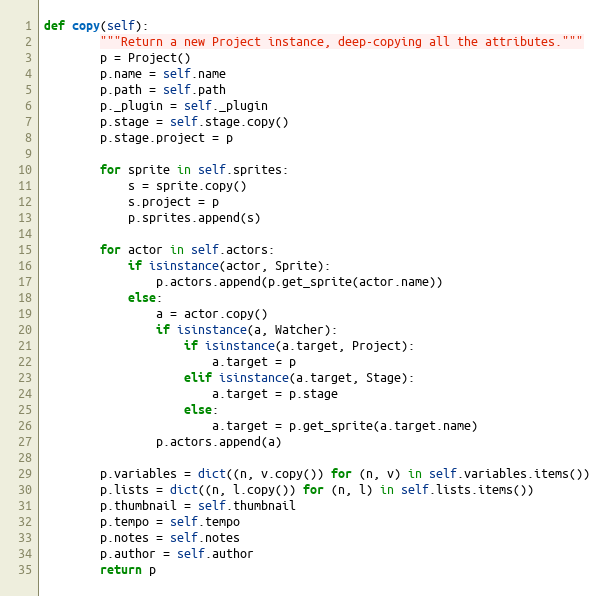
Language: Python
def copy(self):
        """Return a new Project instance, deep-copying all the attributes."""
        p = Project()
        p.name = self.name
        p.path = self.path
        p._plugin = self._plugin
        p.stage = self.stage.copy()
        p.stage.project = p

        for sprite in self.sprites:
            s = sprite.copy()
            s.project = p
            p.sprites.append(s)

        for actor in self.actors:
            if isinstance(actor, Sprite):
                p.actors.append(p.get_sprite(actor.name))
            else:
                a = actor.copy()
                if isinstance(a, Watcher):
                    if isinstance(a.target, Project):
                        a.target = p
                    elif isinstance(a.target, Stage):
                        a.target = p.stage
                    else:
                        a.target = p.get_sprite(a.target.name)
                p.actors.append(a)

        p.variables = dict((n, v.copy()) for (n, v) in self.variables.items())
        p.lists = dict((n, l.copy()) for (n, l) in self.lists.items())
        p.thumbnail = self.thumbnail
        p.tempo = self.tempo
        p.notes = self.notes
        p.author = self.author
        return p